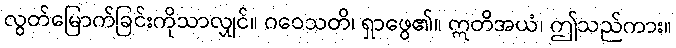
လွတ်မြောက်ခြင်းကိုသာလျှင်။ ဂဝေသတိ၊ ရှာဖွေ၏။ ဣတိအယံ၊ ဤသည်ကား။